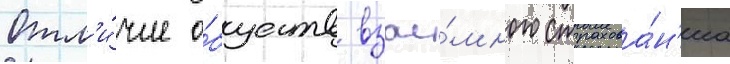
Отл'и́чие о́бществ взаи́много страхова́н'иа